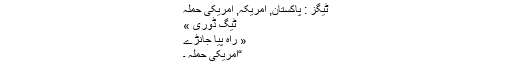
ٹیگز : پاکستان, امریکہ, امریکی حملہ
ٹیگ ڈوری »
« راہ پیا جانڑے
“امریکی حملہ ۔